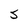
Character: S